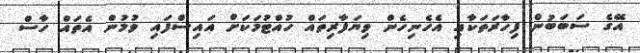
އޭގެ ސަބަބުން ފިހާރަތަކާއި އެހެނިހެން ވިޔަފާރިތައް ހުއްޓުމަކަށް އައިސްފައި ވުމުން އެތައް ހާސް